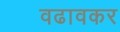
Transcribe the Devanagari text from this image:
वढावकर